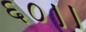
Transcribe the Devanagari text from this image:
६०।।